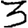
Digit: 3